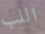
اللب